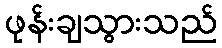
ဖုန်းချသွားသည်